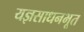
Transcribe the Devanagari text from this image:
यज्ञसाधनभूत